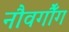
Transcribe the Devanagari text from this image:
नौवगौँग